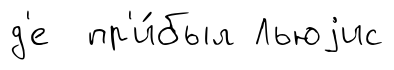
д'е пр'и́был Льюjис